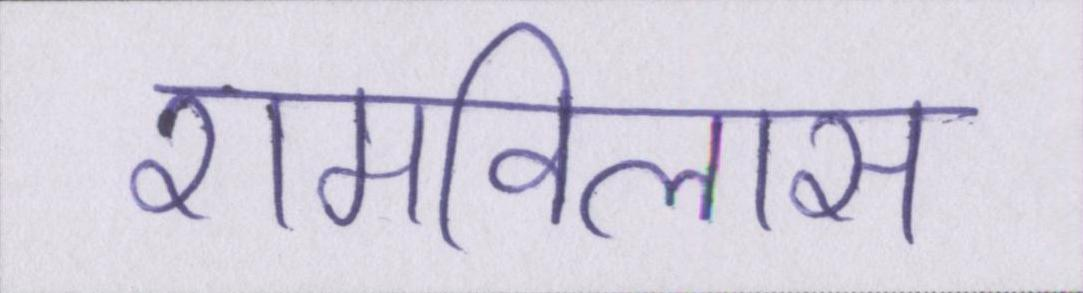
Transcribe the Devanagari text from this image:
रामविलास